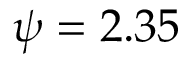
\psi = 2 . 3 5